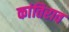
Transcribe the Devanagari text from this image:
कांतिराव